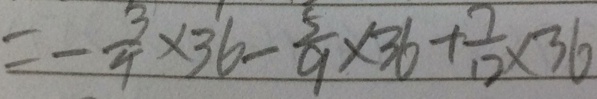
= - \frac { 3 } { 4 } \times 3 6 - \frac { 5 } { 9 } \times 3 6 + \frac { 7 } { 1 2 } \times 3 6